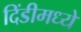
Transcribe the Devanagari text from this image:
दिंडीमध्ये